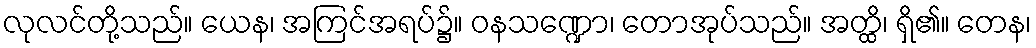
လုလင်တို့သည်။ ယေန၊ အကြင်အရပ်၌။ ဝနသဏ္ဍော၊ တောအုပ်သည်။ အတ္ထိ၊ ရှိ၏။ တေန၊